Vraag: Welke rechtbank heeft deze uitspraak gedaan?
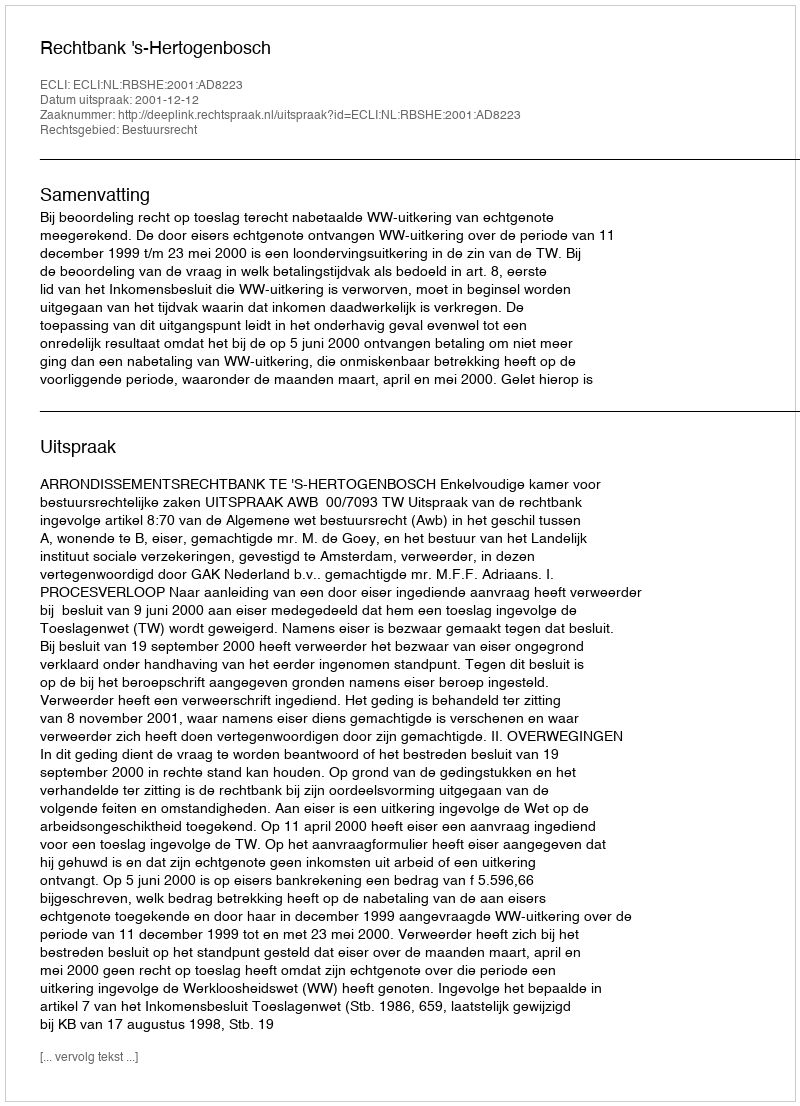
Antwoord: Rechtbank 's-Hertogenbosch